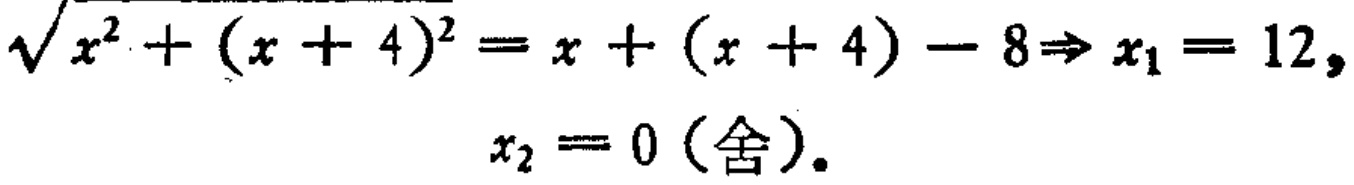
\(\sqrt{x^{2}+(x + 4)^{2}}=x+(x + 4)-8\Rightarrow x_{1}=12,\)
\(x_{2}=0 (\text{舍}).\)